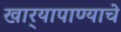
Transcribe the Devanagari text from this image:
खार्‍यापाण्याचे